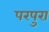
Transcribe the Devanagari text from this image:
परपुरा